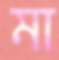
মা